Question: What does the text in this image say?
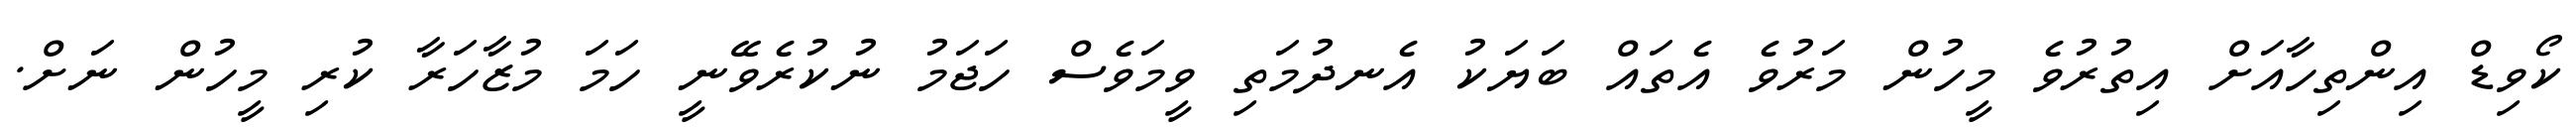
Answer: ކޯވިޑް އިންތިހާއަށް އިތުރުވެ މީހުން މަރުވެ އެތައް ބަޔަކު އެނދުމަތި ވީމަވެސް ހަޖަމު ނުކުރެވޭނީ ހަމަ މުޒާހަރާ ކުރި މީހުން ނަށް.